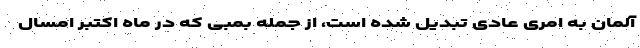
آلمان به امری عادی تبدیل شده است، از جمله بمبی که در ماه اکتبر امسال